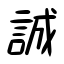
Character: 誠